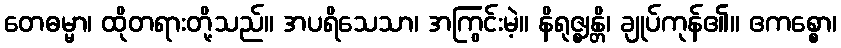
တေဓမ္မာ၊ ထိုတရားတို့သည်။ အပရိသေသာ၊ အကြွင်းမဲ့။ နိရုဇ္ဈန္တိ၊ ချုပ်ကုန်၏။ ဧကစ္စော၊